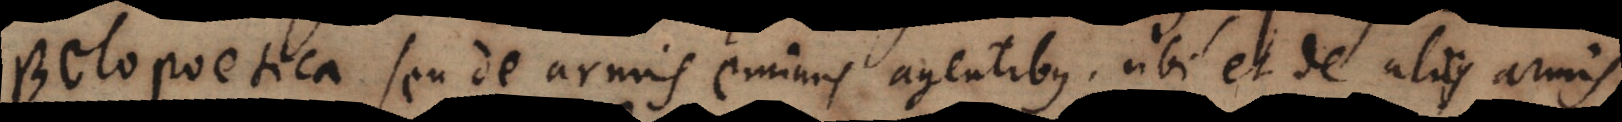
Belopoetica seu de armis eminus agentibus, ubi et de aliis armis.